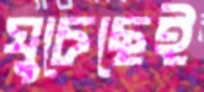
ঘুচেছেই